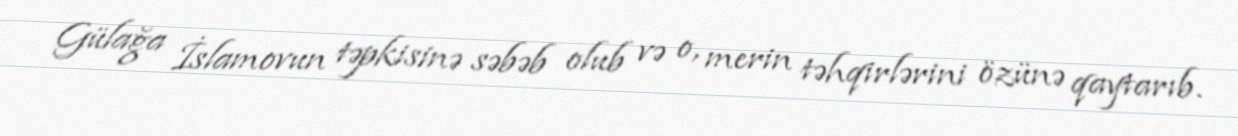
Gülağa İslamovun təpkisinə səbəb olub və o, merin təhqirlərini özünə qaytarıb.